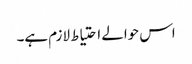
اس حوالے احتیاط لازم ہے۔